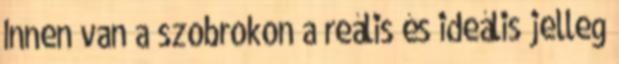
Innen van a szobrokon a reális és ideális jelleg